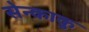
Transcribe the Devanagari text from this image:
सेन्काकु